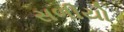
સળીયો